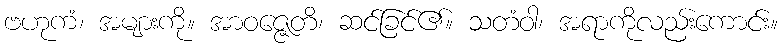
ဗဟုကံ၊ အများကို။ အာဝဇ္ဇေတိ၊ ဆင်ခြင်၏။ သတံဝါ၊ အရာကိုလည်းကောင်း။